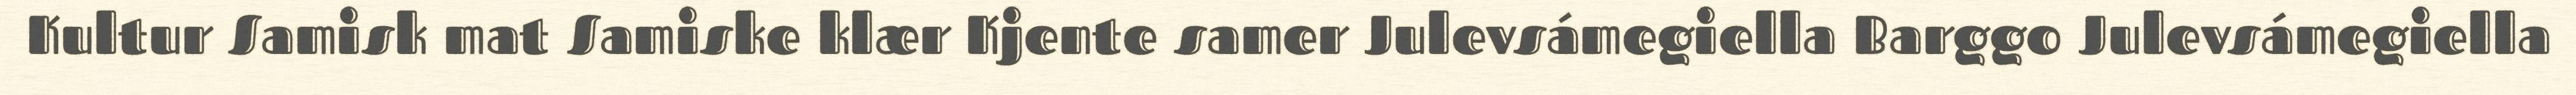
Kultur Samisk mat Samiske klær Kjente samer Julevsámegiella Barggo Julevsámegiella